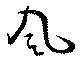
風